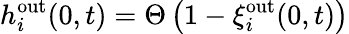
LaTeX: h_{i}^{\mathrm{out}}(0,t)=\Theta\left(1-\xi_{i}^{\mathrm{out}}(0,t)\right)